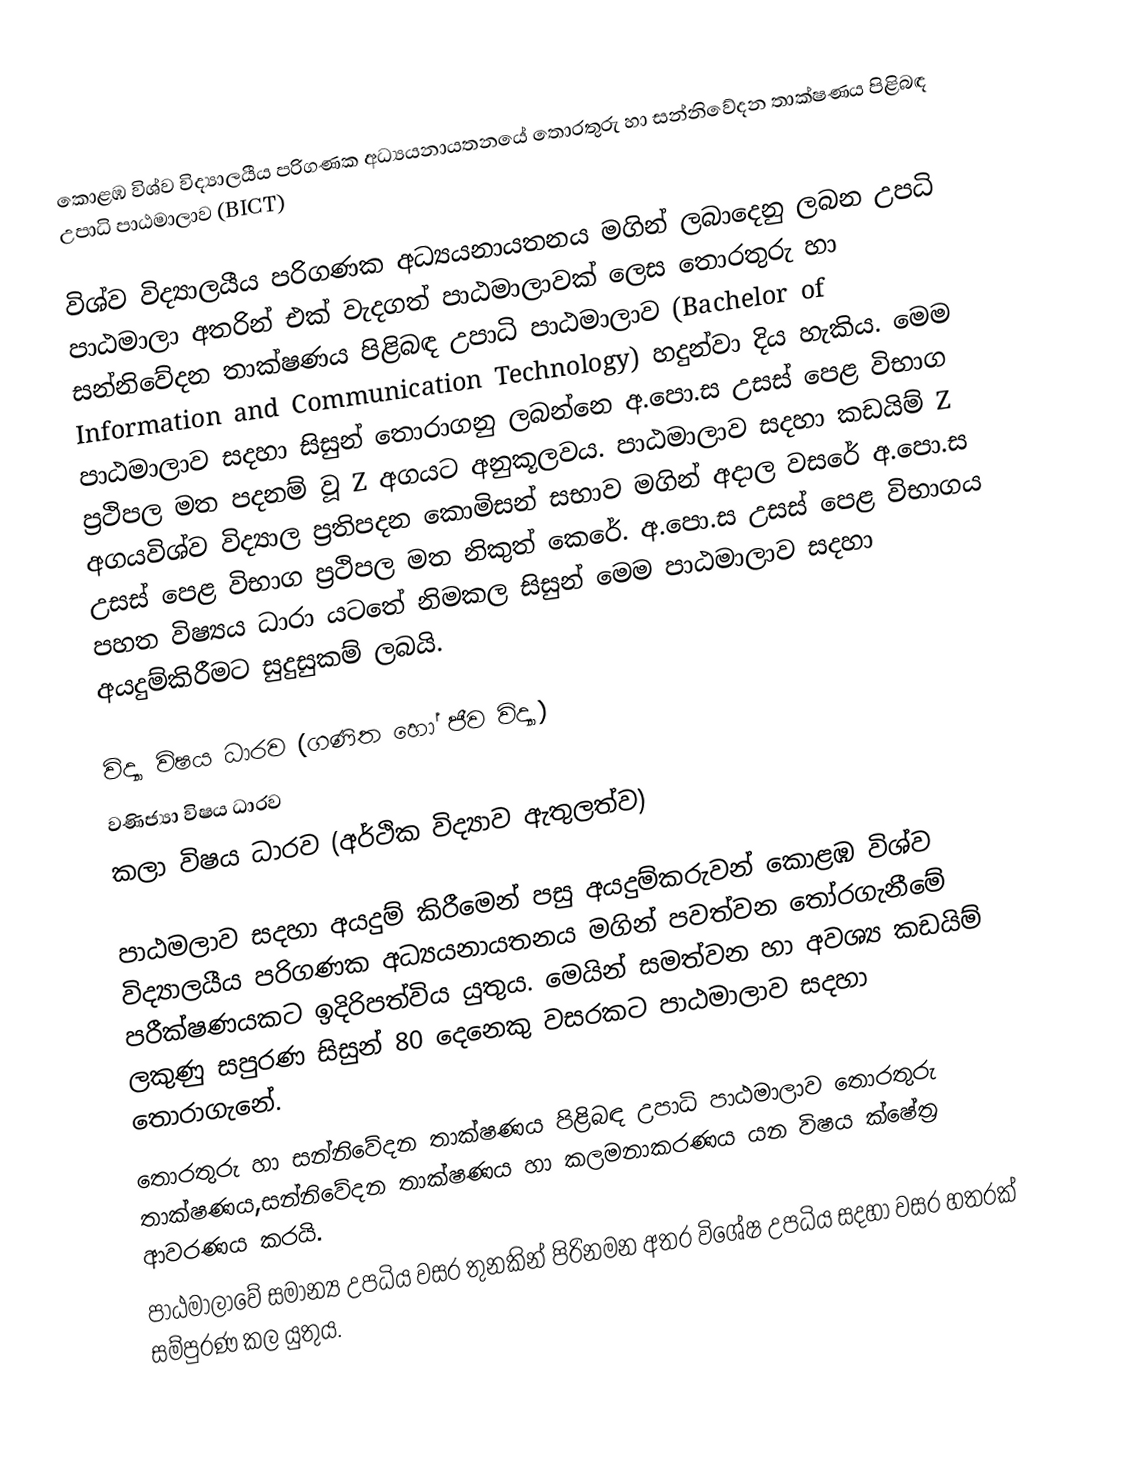

කොළඹ විශ්ව විද්‍යාලයීය පරිගණක අධ්‍යයනායතනයේ තොරතුරු හා සන්නිවේදන තාක්ෂණය පිළිබඳ උපාධි පාඨමාලාව (BICT)

විශ්ව විද්‍යාලයීය පරිගණක අධ්‍යයනායතනය මගින් ලබාදෙනු ලබන උපධි පාඨමාලා අතරින් එක් වැදගත් පාඨමාලාවක් ලෙස තොරතුරු හා සන්නිවේදන තාක්ෂණය පිළිබඳ උපාධි පාඨමාලාව (Bachelor of Information and Communication Technology) හදුන්වා දිය හැකිය. මෙම පාඨමාලාව සදහා සිසුන් තොරාගනු ලබන්නෙ අ.පො.ස උසස් පෙළ විභාග ප්‍රථිපල මත පදනම් වූ Z අගයට අනුකූලවය. පාඨමාලාව සදහා කඩයිම් Z අගයවිශ්ව විද්‍යාල ප්‍රතිපදන කොමිසන් සභාව මගින් අදාල වසරේ  අ.පො.ස උසස් පෙළ විභාග ප්‍රථිපල මත නිකුත් කෙරේ. අ.පො.ස උසස් පෙළ විභාගය පහත විෂ්‍යය ධාරා යටතේ නිමකල සිසුන් මෙම පාඨමාලාව සදහා අයදුම්කිරීමට සුදුසුකම් ලබයි.

 විද්‍යා විෂය ධාරව (ගණිත හෝ ජීව විද්‍යා)
 වණිජ්‍යා විෂය ධාරව
 කලා විෂය ධාරව (අර්ථික විද්‍යාව ඇතුලත්ව)

පාඨමලාව සදහා අයදුම් කිරීමෙන් පසු අයදුම්කරුවන් කොළඹ විශ්ව විද්‍යාලයීය පරිගණක අධ්‍යයනායතනය මගින් පවත්වන තෝරගැනීමේ පරීක්ෂණයකට ඉදිරිපත්විය යුතුය. මෙයින් සමත්වන හා අවශ්‍ය කඩයිම් ලකුණු සපුරණ සිසුන් 80 දෙනෙකු වසරකට පාඨමාලාව සදහා තොරාගැනේ.
තොරතුරු හා සන්නිවේදන තාක්ෂණය පිළිබඳ උපාධි පාඨමාලාව තොරතුරු තාක්ෂණය,සන්නිවේදන තාක්ෂණය හා කලමනාකරණය යන විෂය ක්ෂේත්‍ර ආවරණය කරයි.
පාඨමාලාවේ සමාන්‍ය උපධිය වසර තුනකින් පිරිනමන අතර විශේෂ උපධිය සදහා වසර හතරක් සම්පුරණ කල යුතුය.